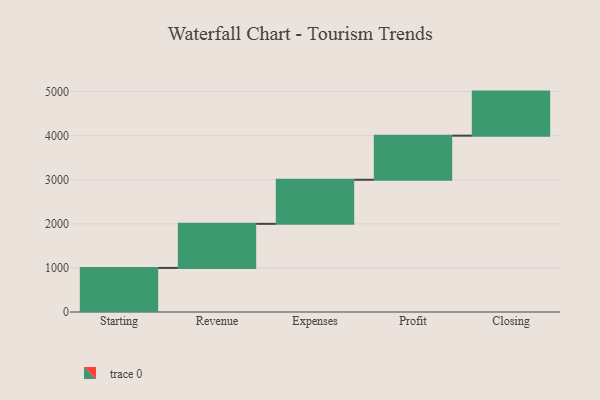
{"axis": {"x": "Step", "y": "Value"}, "legend": [""], "data": [{"x": "Starting", "y": 1000, "type": ""}, {"x": "Revenue", "y": 1000, "type": ""}, {"x": "Expenses", "y": 1000, "type": ""}, {"x": "Profit", "y": 1000, "type": ""}, {"x": "Closing", "y": 1000, "type": ""}]}